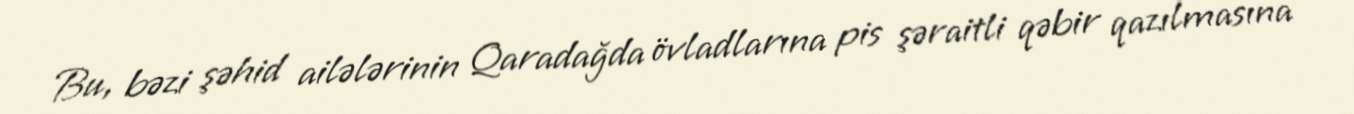
Bu, bəzi şəhid ailələrinin Qaradağda övladlarına pis şəraitli qəbir qazılmasına